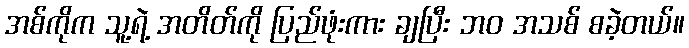
အစ်ကိုက သူ့ရဲ့ အတိတ်ကို ပြည်ဖုံးကား ချပြီး ဘဝ အသစ် စခဲ့တယ်။